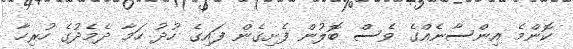
ކޮންމެ އިންސާނެއްގެ ވެސް ބޮލުން ފެށިގެން ފައިގެ ހުދު ހަމާ ދެމެދުގެ ހުރިހާ